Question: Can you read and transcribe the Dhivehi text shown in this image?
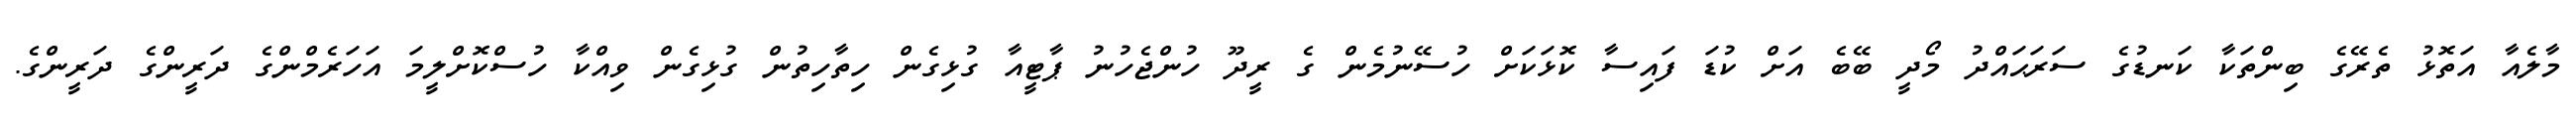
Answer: މާލެއާ އަތޮޅު ތެރޭގެ ބިންތަކާ ކަނޑުގެ ސަރަޙައްދު މޯދީ ބޭބެ އަށް ކުޑަ ފައިސާ ކޮޅަކަށް ހުސޭނުމެން ގެ ރީދޫ ހުންޖެހުނު ޕާޓީއާ ގުޅިގެން ހިތާހިތުން ގުޅިގެން ވިއްކާ ހުސްކޮށްލީމަ އަހަރެމްންގެ ދަރީންގެ ދަރީންގެ.